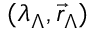
( \lambda _ { \Lambda } , \vec { r } _ { \Lambda } )